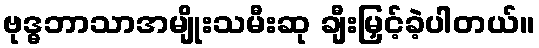
ဗုဒ္ဓဘာသာအမျိုးသမီးဆု ချီးမြှင့်ခဲ့ပါတယ်။